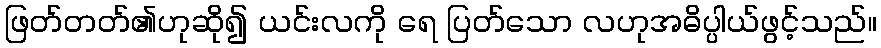
ဖြတ်တတ်၏ဟုဆို၍ ယင်းလကို ရေ ပြတ်သော လဟုအဓိပ္ပါယ်ဖွင့်သည်။